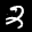
Label: 2